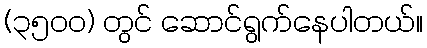
(၃၅၀၀) တွင် ဆောင်ရွက်နေပါတယ်။